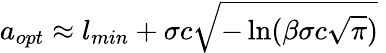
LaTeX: a_{opt}\approx l_{min}+\sigma c\sqrt{-\ln(\beta\sigma c\sqrt{\pi})}\